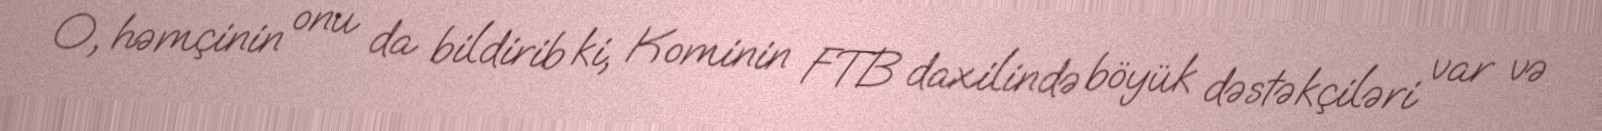
O, həmçinin onu da bildirib ki, Kominin FTB daxilində böyük dəstəkçiləri var və